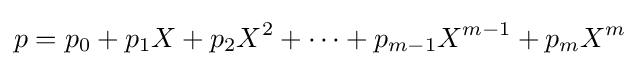
p=p_{0}+p_{1}X+p_{2}X^{2}+\cdots +p_{m-1}X^{m-1}+p_{m}X^{m}